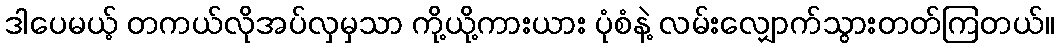
ဒါပေမယ့် တကယ်လိုအပ်လှမှသာ ကို့ယို့ကားယား ပုံစံနဲ့ လမ်းလျှောက်သွားတတ်ကြတယ်။